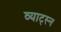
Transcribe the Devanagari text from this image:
व्याट्स्न